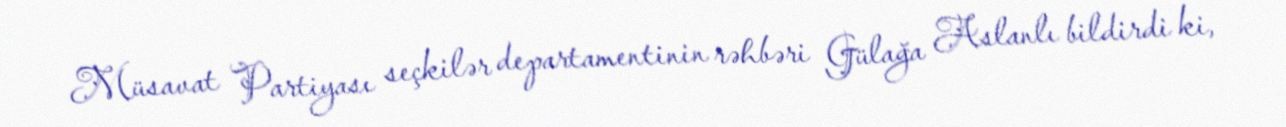
Müsavat Partiyası seçkilər departamentinin rəhbəri Gülağa Aslanlı bildirdi ki,